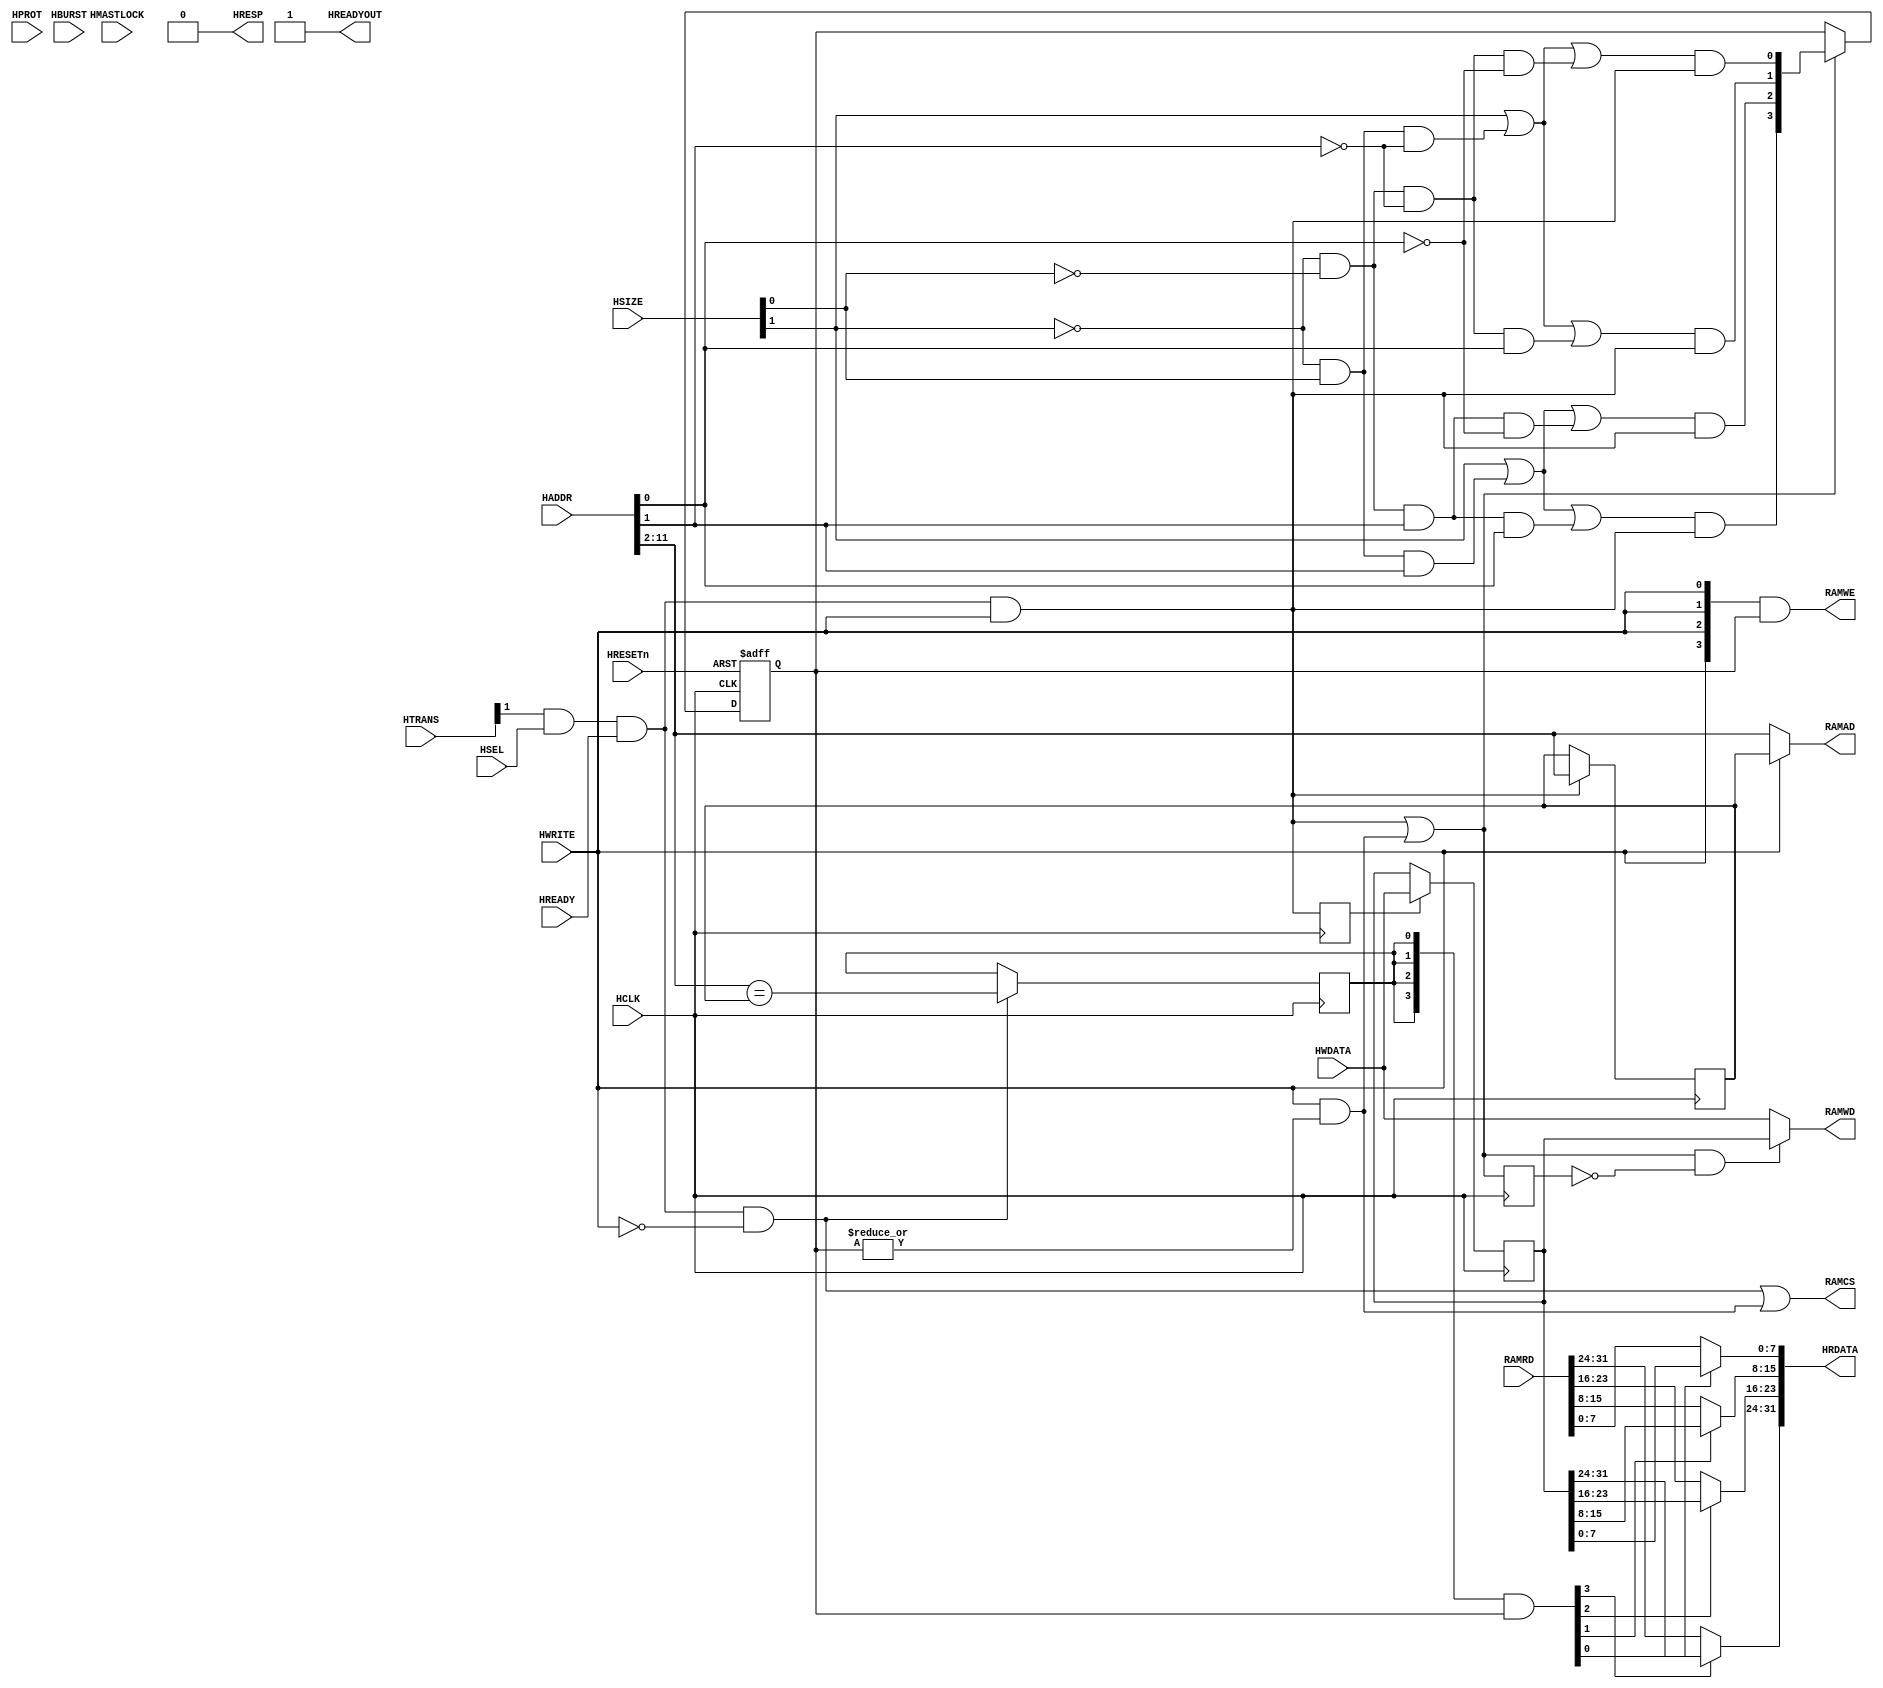
//-----------------------------------------------------------------------------
// The confidential and proprietary information contained in this file may
// only be used by a person authorised under and to the extent permitted
// by a subsisting licensing agreement from ARM Limited.
//
//            (C) COPYRIGHT 2008-2009 ARM Limited.
//                ALL RIGHTS RESERVED
//
// This entire notice must be reproduced on all copies of this file
// and copies of this file may only be made by a person if such person is
// permitted to do so under the terms of a subsisting license agreement
// from ARM Limited.
//
//      SVN Information
//
//      Checked In          : $Date: 2009-05-06 17:13:50 +0100 (Wed, 06 May 2009) $
//
//      Revision            : $Revision: 107717 $
//
//      Release Information : Cortex-M0-AT510-r0p0-01rel0
//-----------------------------------------------------------------------------

// ----------------------------------------------------------------------------
// CORTEX-M0 AMBA-3 AHB-LITE TO EMBEDDED SRAM INTERFACE
// ----------------------------------------------------------------------------

module cm0ik_ahb_sram_bridge
  #(parameter AWIDTH = 12)
   (// AHB INTERFACE --------------------------------------------
    input  wire        HCLK,
    input  wire        HRESETn,
    input  wire [31:0] HADDR,
    input  wire [ 2:0] HBURST,
    input  wire        HMASTLOCK,
    input  wire [ 3:0] HPROT,
    input  wire [ 2:0] HSIZE,
    input  wire [ 1:0] HTRANS,
    input  wire [31:0] HWDATA,
    input  wire        HWRITE,
    input  wire        HSEL,
    input  wire        HREADY,

    output wire [31:0] HRDATA,
    output wire        HREADYOUT,
    output wire        HRESP,

    // EMBEDDED SRAM INTERFACE ----------------------------------
    input  wire [31:0] RAMRD,           // Read Data Bus
    output wire [AWIDTH-3:0] RAMAD,     // Address Bus
    output wire [31:0] RAMWD,           // Write Data Bus
    output wire        RAMCS,           // Chip Select
    output wire [ 3:0] RAMWE            // Write Enable
    );

   // ----------------------------------------------------------
   // Internal state
   // ----------------------------------------------------------

   reg [AWIDTH-3:0] buf_ad;
   reg [ 3:0]  buf_we;
   wire [31:0] ram_wd;
   reg [31:0]  hwdata_r;

   reg         ram_wd_en;
   reg         buf_hit;
   reg         buf_we_en_r;

   // ----------------------------------------------------------
   // Read/write control logic
   // ----------------------------------------------------------

   wire        buf_active   = |buf_we;
   wire        ahb_access   = HTRANS[1] & HSEL & HREADY;
   wire        ahb_write    = ahb_access &  HWRITE;
   wire        ahb_read     = ahb_access & ~HWRITE;
   wire        ram_write    = HWRITE & buf_active;
   wire        ram_cs       = ahb_read | ram_write;
   wire [ 3:0] ram_we       = {4{HWRITE}} & buf_we[3:0];
   wire [AWIDTH-3:0] ram_ad = HWRITE ? buf_ad : HADDR[AWIDTH-1:2];

   // ----------------------------------------------------------
   // Byte lane decoder and next state logic
   // ----------------------------------------------------------

   wire       tx_byte    = ~HSIZE[1] & ~HSIZE[0];
   wire       tx_half    = ~HSIZE[1] &  HSIZE[0];
   wire       tx_word    =  HSIZE[1];

   wire       byte_at_00 = tx_byte & ~HADDR[1] & ~HADDR[0];
   wire       byte_at_01 = tx_byte & ~HADDR[1] &  HADDR[0];
   wire       byte_at_10 = tx_byte &  HADDR[1] & ~HADDR[0];
   wire       byte_at_11 = tx_byte &  HADDR[1] &  HADDR[0];

   wire       half_at_00 = tx_half & ~HADDR[1];
   wire       half_at_10 = tx_half &  HADDR[1];

   wire       word_at_00 = tx_word;

   wire       byte_sel_0 = word_at_00 | half_at_00 | byte_at_00;
   wire       byte_sel_1 = word_at_00 | half_at_00 | byte_at_01;
   wire       byte_sel_2 = word_at_00 | half_at_10 | byte_at_10;
   wire       byte_sel_3 = word_at_00 | half_at_10 | byte_at_11;

   wire [3:0] buf_we_nxt = { byte_sel_3 & ahb_write,
                             byte_sel_2 & ahb_write,
                             byte_sel_1 & ahb_write,
                             byte_sel_0 & ahb_write };

   wire       buf_we_en  = ahb_write | ram_write;

   // ----------------------------------------------------------
   // Buf_hit detection logic
   // ----------------------------------------------------------

   wire       buf_hit_nxt = (HADDR[AWIDTH-1:2] == buf_ad[AWIDTH-3:0]);

   // ----------------------------------------------------------
   // Read data merge
   // ----------------------------------------------------------

   wire [ 3:0] merge       = {4{buf_hit}} & buf_we;

   wire [31:0] ahb_rdata   =
              { merge[3] ? hwdata_r[31:24] : RAMRD[31:24],
                merge[2] ? hwdata_r[23:16] : RAMRD[23:16],
                merge[1] ? hwdata_r[15: 8] : RAMRD[15: 8],
                merge[0] ? hwdata_r[ 7: 0] : RAMRD[ 7: 0] };

   // ----------------------------------------------------------
   // Synchronous state update
   // ----------------------------------------------------------

   always @(posedge HCLK)
     if(ahb_read)
       buf_hit <= buf_hit_nxt;

   always @(posedge HCLK)
     ram_wd_en <= ahb_write;

   always @(posedge HCLK)
     if(ahb_write)
       buf_ad <= HADDR[AWIDTH-1:2];

   always @(posedge HCLK)
     if(ram_wd_en)
       hwdata_r <= HWDATA[31:0];

   always @(posedge HCLK)
     buf_we_en_r <= buf_we_en;

   assign ram_wd = (buf_we_en & ~buf_we_en_r) ? hwdata_r : HWDATA[31:0];

   always @(posedge HCLK or negedge HRESETn)
     if(~HRESETn)
       buf_we <= 4'b0000;
     else if(buf_we_en)
       buf_we <= buf_we_nxt;

   // ----------------------------------------------------------
   // Assign outputs
   // ----------------------------------------------------------

   assign HRDATA    = ahb_rdata;
   assign HREADYOUT = 1'b1;
   assign HRESP     = 1'b0;

   assign RAMWD     = ram_wd;
   assign RAMCS     = ram_cs;
   assign RAMWE     = ram_we;
   assign RAMAD     = ram_ad;


endmodule

// ----------------------------------------------------------------------------
// EOF
// ----------------------------------------------------------------------------